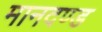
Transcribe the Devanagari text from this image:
मानदण्‍ड